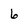
Character: 6